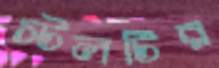
স্টলটির